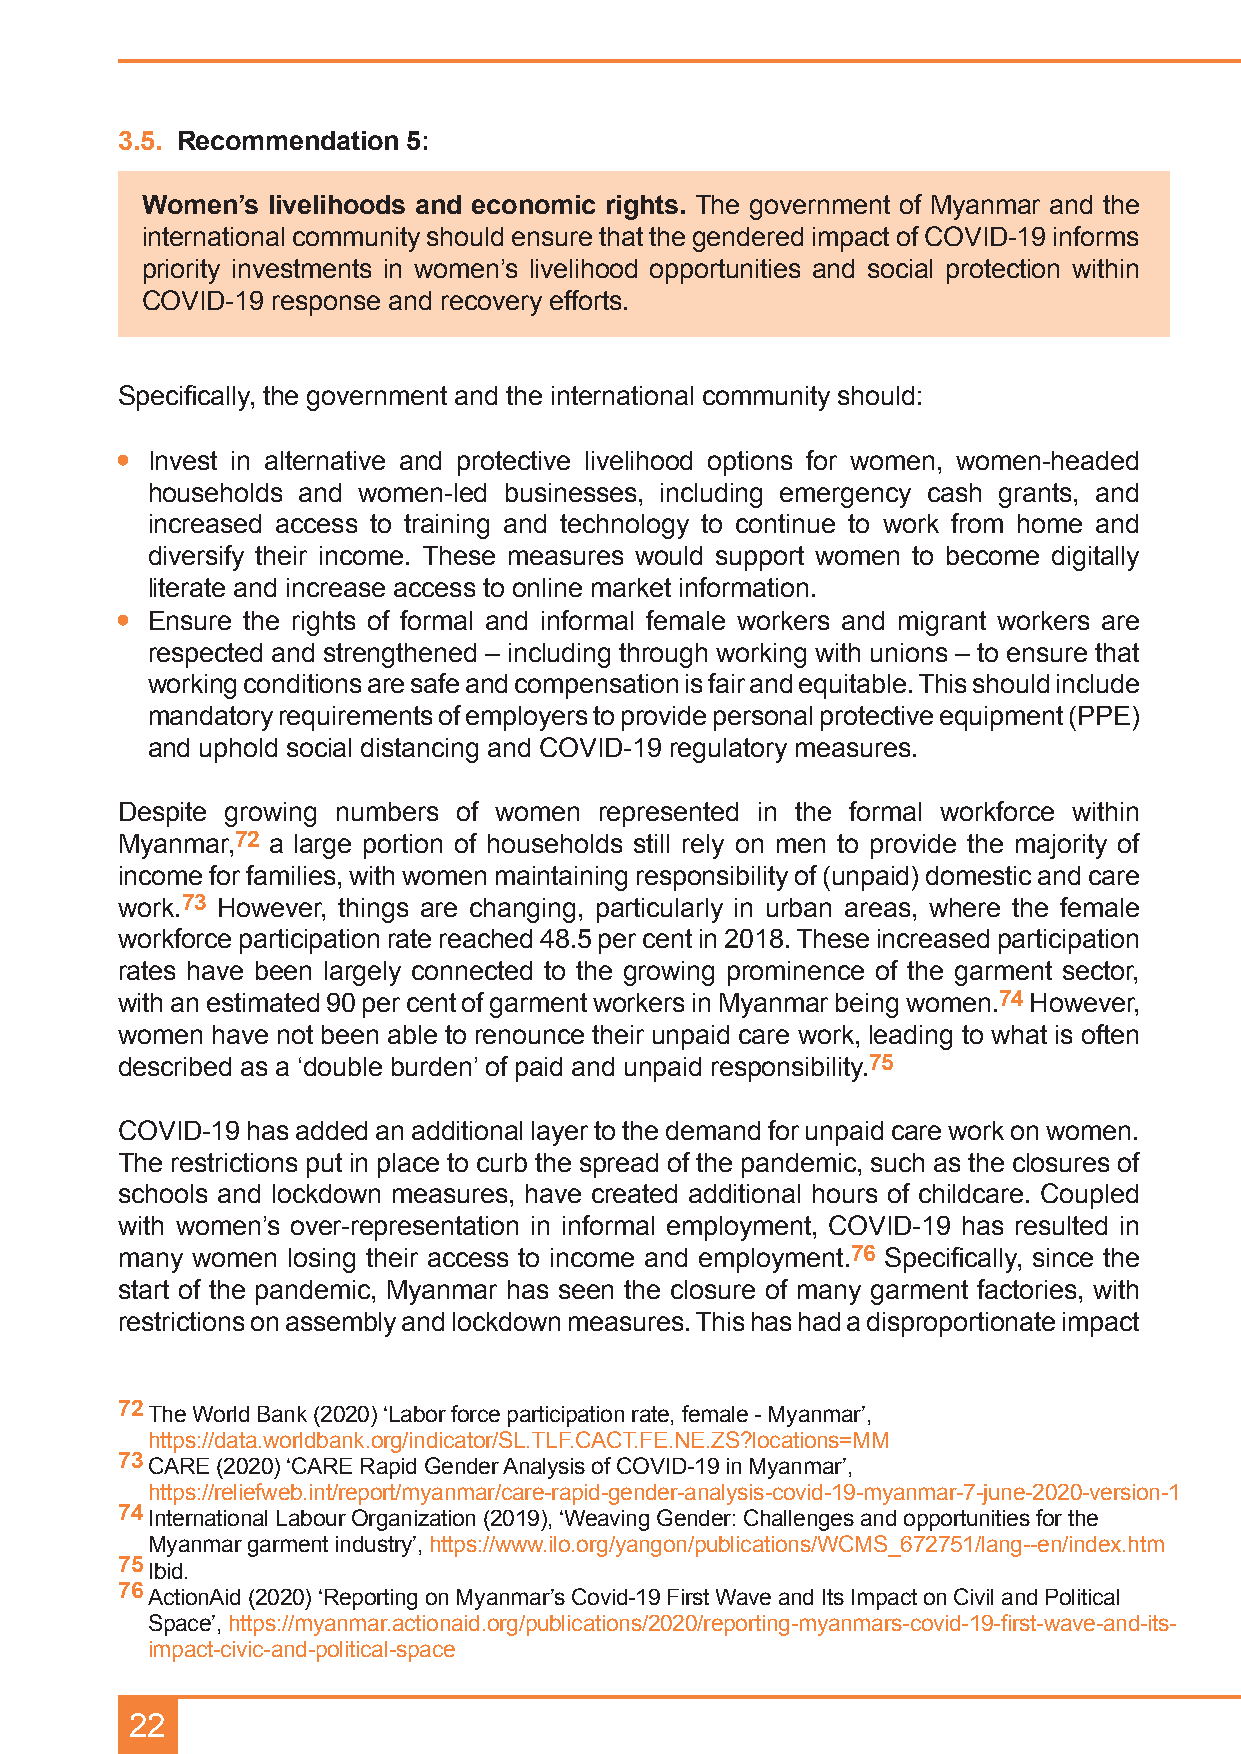
3.5. Recommendation 5:
 Women’s  livelihoods and economic rights. The government of Myanmar and the
 international community should ensure that the gendered impact of COVID-19 informs
 priority investments in women’s livelihood opportunities and social protection within
 COVID-19 response and recovery efforts.
 Specifically, the government and the international community should:
 •• Invest in alternative and protective livelihood options for women, women-headed
 households and women-led businesses, including emergency cash grants, and
 increased access to training and technology to continue to work from home and
 diversify their income. These measures would support women to become digitally
 literate and increase access to online market information.
 •• Ensure the rights of formal and informal female workers and migrant workers are
 respected and strengthened – including through working with unions – to ensure that
 working conditions are safe and compensation is fair and equitable. This should include
 mandatory requirements of employers to provide personal protective equipment (PPE)
 and uphold social distancing and COVID-19 regulatory measures.
 Despite growing numbers of women represented in the formal workforce within
 Myanmar,72 a large portion of households still rely on men to provide the majority of
 income for families, with women maintaining responsibility of (unpaid) domestic and care
 work.73 However, things are changing, particularly in urban areas, where the female
 workforce participation rate reached 48.5 per cent in 2018. These increased participation
 rates have been largely connected to the growing prominence of the garment sector,
 with an estimated 90 per cent of garment workers in Myanmar being women.74 However,
 women have not been able to renounce their unpaid care work, leading to what is often
 described as a ‘double burden’ of paid and unpaid responsibility.75
 COVID-19 has added an additional layer to the demand for unpaid care work on women.
 The restrictions put in place to curb the spread of the pandemic, such as the closures of
 schools and lockdown measures, have created additional hours of childcare. Coupled
 with women’s over-representation in informal employment, COVID-19 has resulted in
 many women losing their access to income and employment.76 Specifically, since the
 start of the pandemic, Myanmar has seen the closure of many garment factories, with
 restrictions on assembly and lockdown measures. This has had a disproportionate impact
 72 The World Bank (2020) ‘Labor force participation rate, female - Myanmar’,
 https://data.worldbank.org/indicator/SL.TLF.CACT.FE.NE.ZS?locations=MM
 73 CARE (2020) ‘CARE Rapid Gender Analysis of COVID-19 in Myanmar’,
 https://reliefweb.int/report/myanmar/care-rapid-gender-analysis-covid-19-myanmar-7-june-2020-version-1
 74 International Labour Organization (2019), ‘Weaving Gender: Challenges and opportunities for the
 Myanmar garment industry’, https://www.ilo.org/yangon/publications/WCMS_672751/lang--en/index.htm
 75 Ibid.
 76 ActionAid (2020) ‘Reporting on Myanmar’s Covid-19 First Wave and Its Impact on Civil and Political
 Space’, https://myanmar.actionaid.org/publications/2020/reporting-myanmars-covid-19-first-wave-and-its-
 impact-civic-and-political-space
 22